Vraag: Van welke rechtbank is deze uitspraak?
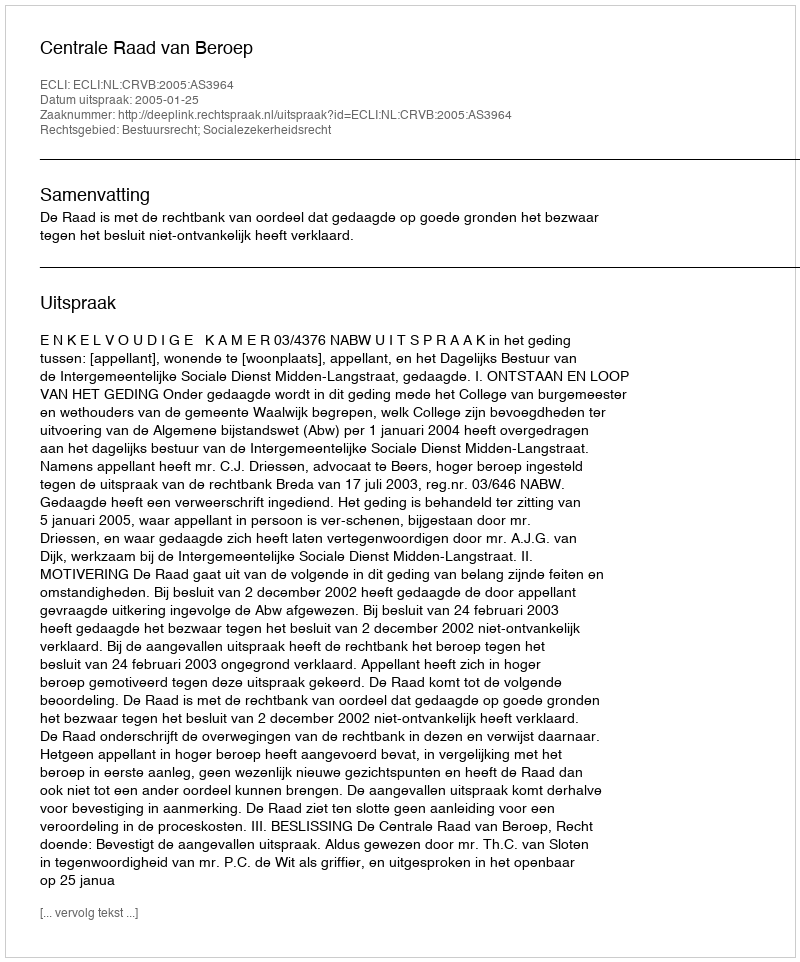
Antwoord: Centrale Raad van Beroep